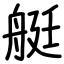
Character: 艇